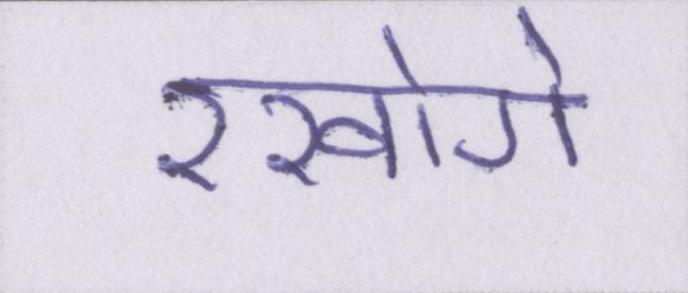
रखोगे